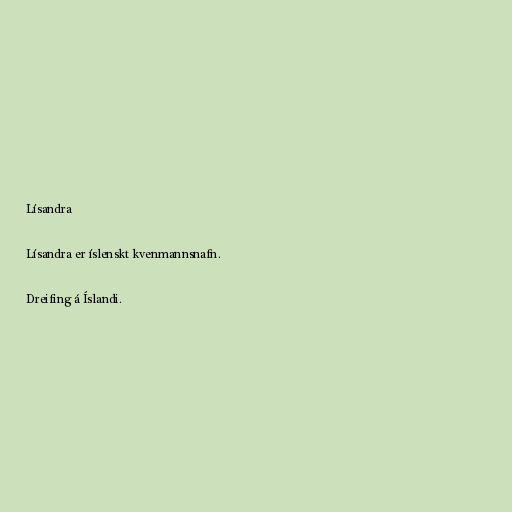
Lísandra

Lísandra er íslenskt kvenmannsnafn.

Dreifing á Íslandi.